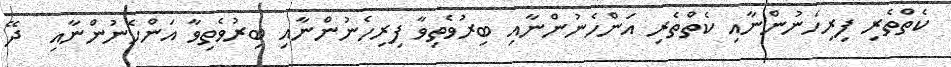
ކެތްތެރި ފިރިހެނުންނާއި ކެތްތެރި އަންހެނުންނާއި ބިރުވެތިވާ ފިރިހެނުންނާއި ބިރުވެތިވާ އަންހެނުންނާއި  ދޭ